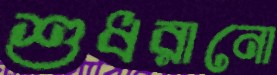
শুধরানো